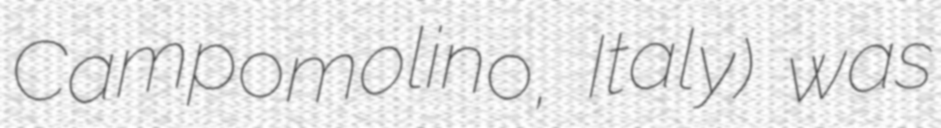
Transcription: Campomolino, Italy) was